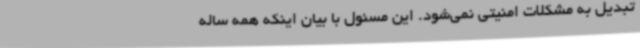
تبدیل به مشکلات امنیتی نمی‌شود. این مسئول با بیان اینکه همه ساله